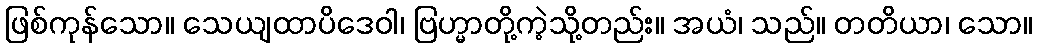
ဖြစ်ကုန်သော။ သေယျထာပိဒေဝါ၊ ဗြဟ္မာတို့ကဲ့သို့တည်း။ အယံ၊ သည်။ တတိယာ၊ သော။